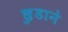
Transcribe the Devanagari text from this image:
छ़ुडाने